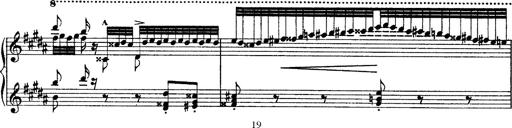
Title: Grandes Ã©tudes de Paganini
Composer: Franz Liszt